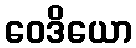
ဝေဒိယော